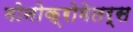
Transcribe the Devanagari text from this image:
मोनोक्रोमेतर्स